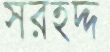
সরহদ্দ